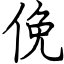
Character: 俛